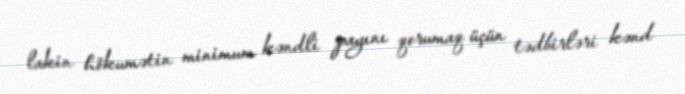
lakin hökumətin minimum kəndli payını qorumaq üçün tədbirləri kənd